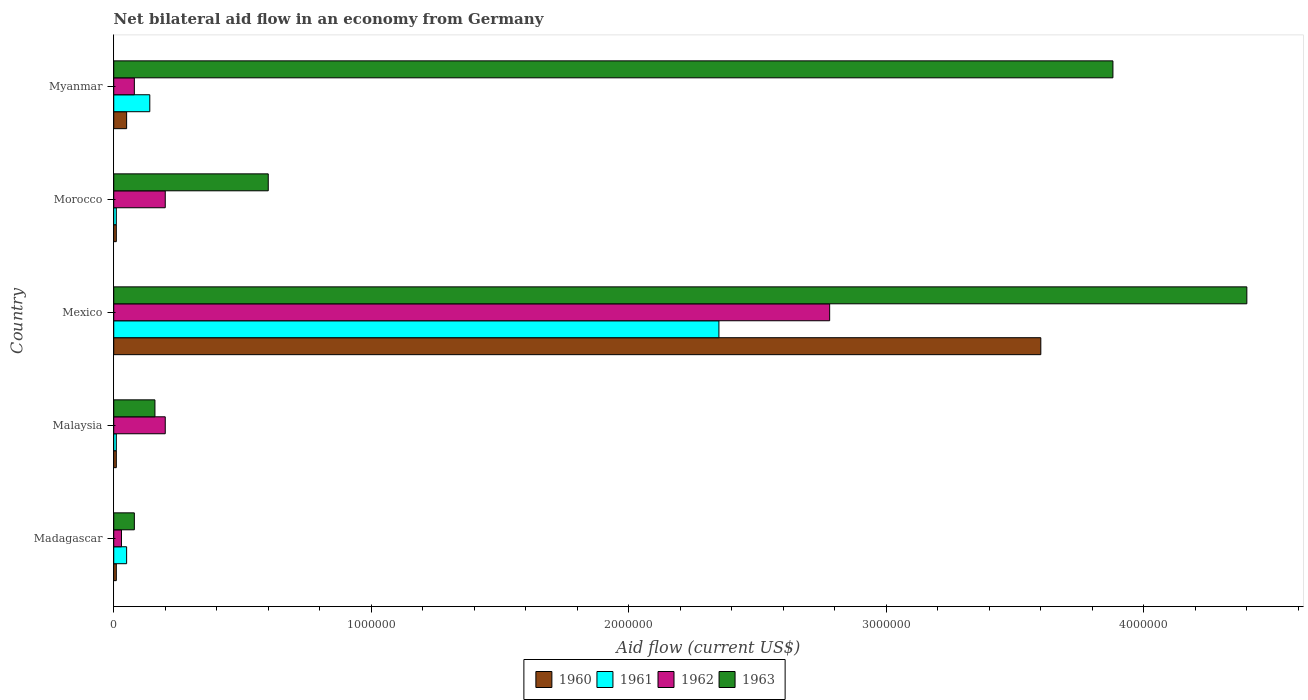
| Country | 1960 | 1961 | 1962 | 1963 |
 | --- | --- | --- | --- | --- |
 | Madagascar | 1e+04 | 5e+04 | 3e+04 | 8e+04 |
 | Malaysia | 1e+04 | 1e+04 | 2e+05 | 1.6e+05 |
 | Mexico | 3.6e+06 | 2.35e+06 | 2.78e+06 | 4.4e+06 |
 | Morocco | 1e+04 | 1e+04 | 2e+05 | 6e+05 |
 | Myanmar | 5e+04 | 1.4e+05 | 8e+04 | 3.88e+06 |